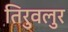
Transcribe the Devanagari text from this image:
तिरुवलुर